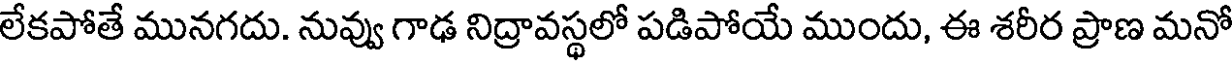
లేకపోతే మునగదు. నువ్వు గాఢ నిద్రావస్థలో పడిపోయే ముందు, ఈ శరీర ప్రాణ మనో